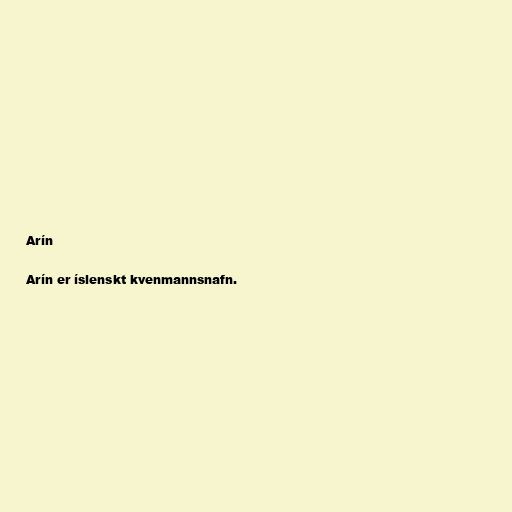
Arín

Arín er íslenskt kvenmannsnafn.